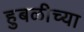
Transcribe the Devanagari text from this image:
हुबळीच्या